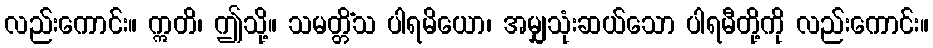
လည်းကောင်း။ ဣတိ၊ ဤသို့။ သမတ္တိံသ ပါရမိယော၊ အမျှသုံးဆယ်သော ပါရမီတို့ကို လည်းကောင်း။